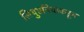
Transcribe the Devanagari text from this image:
लिथुएनियाकडून